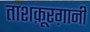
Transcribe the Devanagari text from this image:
ताशक़ूरग़ानी